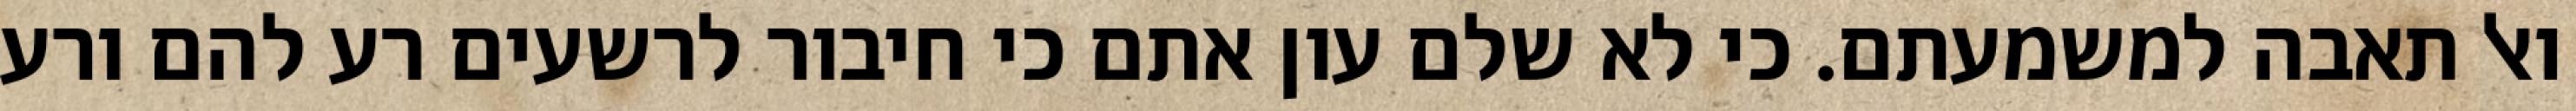
ואל תאבה למשמעתם. כי לא שלם עון אתם כי חיבור לרשעים רע להם ורע